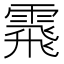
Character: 䬠